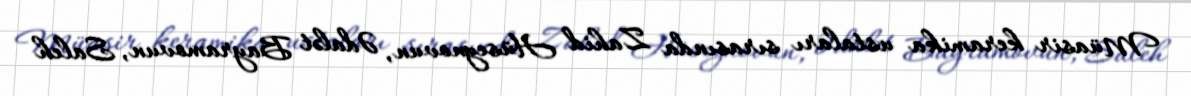
Müasir keramika ustaları sırasında Zahid Hüseynovun, Ədalət Bayramovun, Saleh